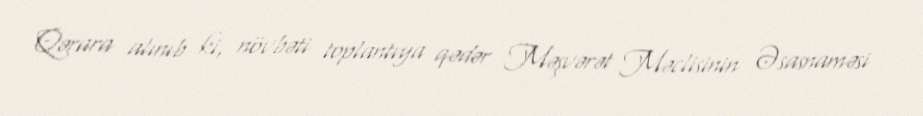
Qərara alınıb ki, növbəti toplantıya qədər Məşvərət Məclisinin Əsasnaməsi